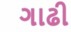
ગાઢી